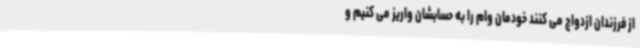
از فرزندان ازدواج می کنند خودمان وام را به حسابشان واریز می کنیم و